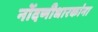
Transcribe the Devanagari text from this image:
नोंदणीधारकांना